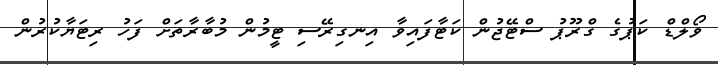
ވޯލްޑް ކަޕުގެ ގްރޫޕު ސްޓޭޖުން ކަޓާފައިވާ އިނގިރޭސި ޓީމުން މުބާރާތަށް ފަހު ރިޓަޔާކުރުން